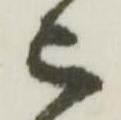
被